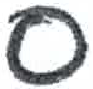
אות: ס